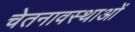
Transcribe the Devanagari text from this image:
चेतनावस्थाओं